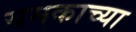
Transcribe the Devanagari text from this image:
यमकाच्या